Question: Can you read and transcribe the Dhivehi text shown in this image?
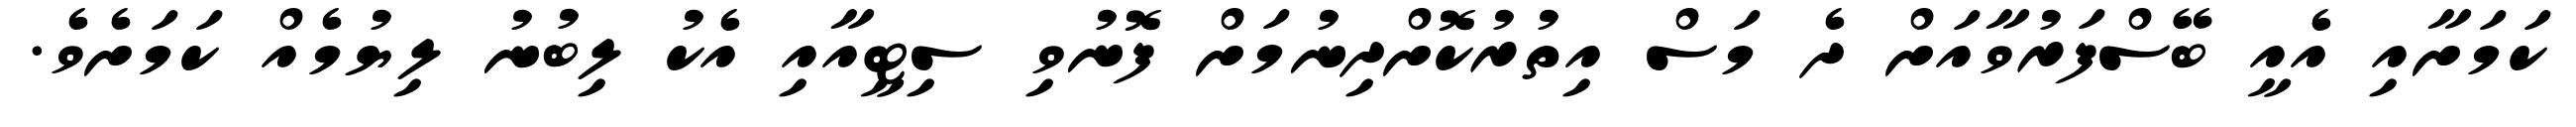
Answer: ކަމަށާއި އެއީ ބޭސްފަރުވާއަށް ދެ މަސް އިތުރުކޮށްދިނުމަށް ފޮނުވި ސިޓީއާއި އެކު ލިބުނު ލިޔުމެއް ކަމަށެވެ.